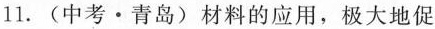
11.(中考 · 青岛)材料的应用，极大地促